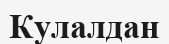
Кулалдан